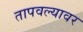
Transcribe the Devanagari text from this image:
तापवल्यावर